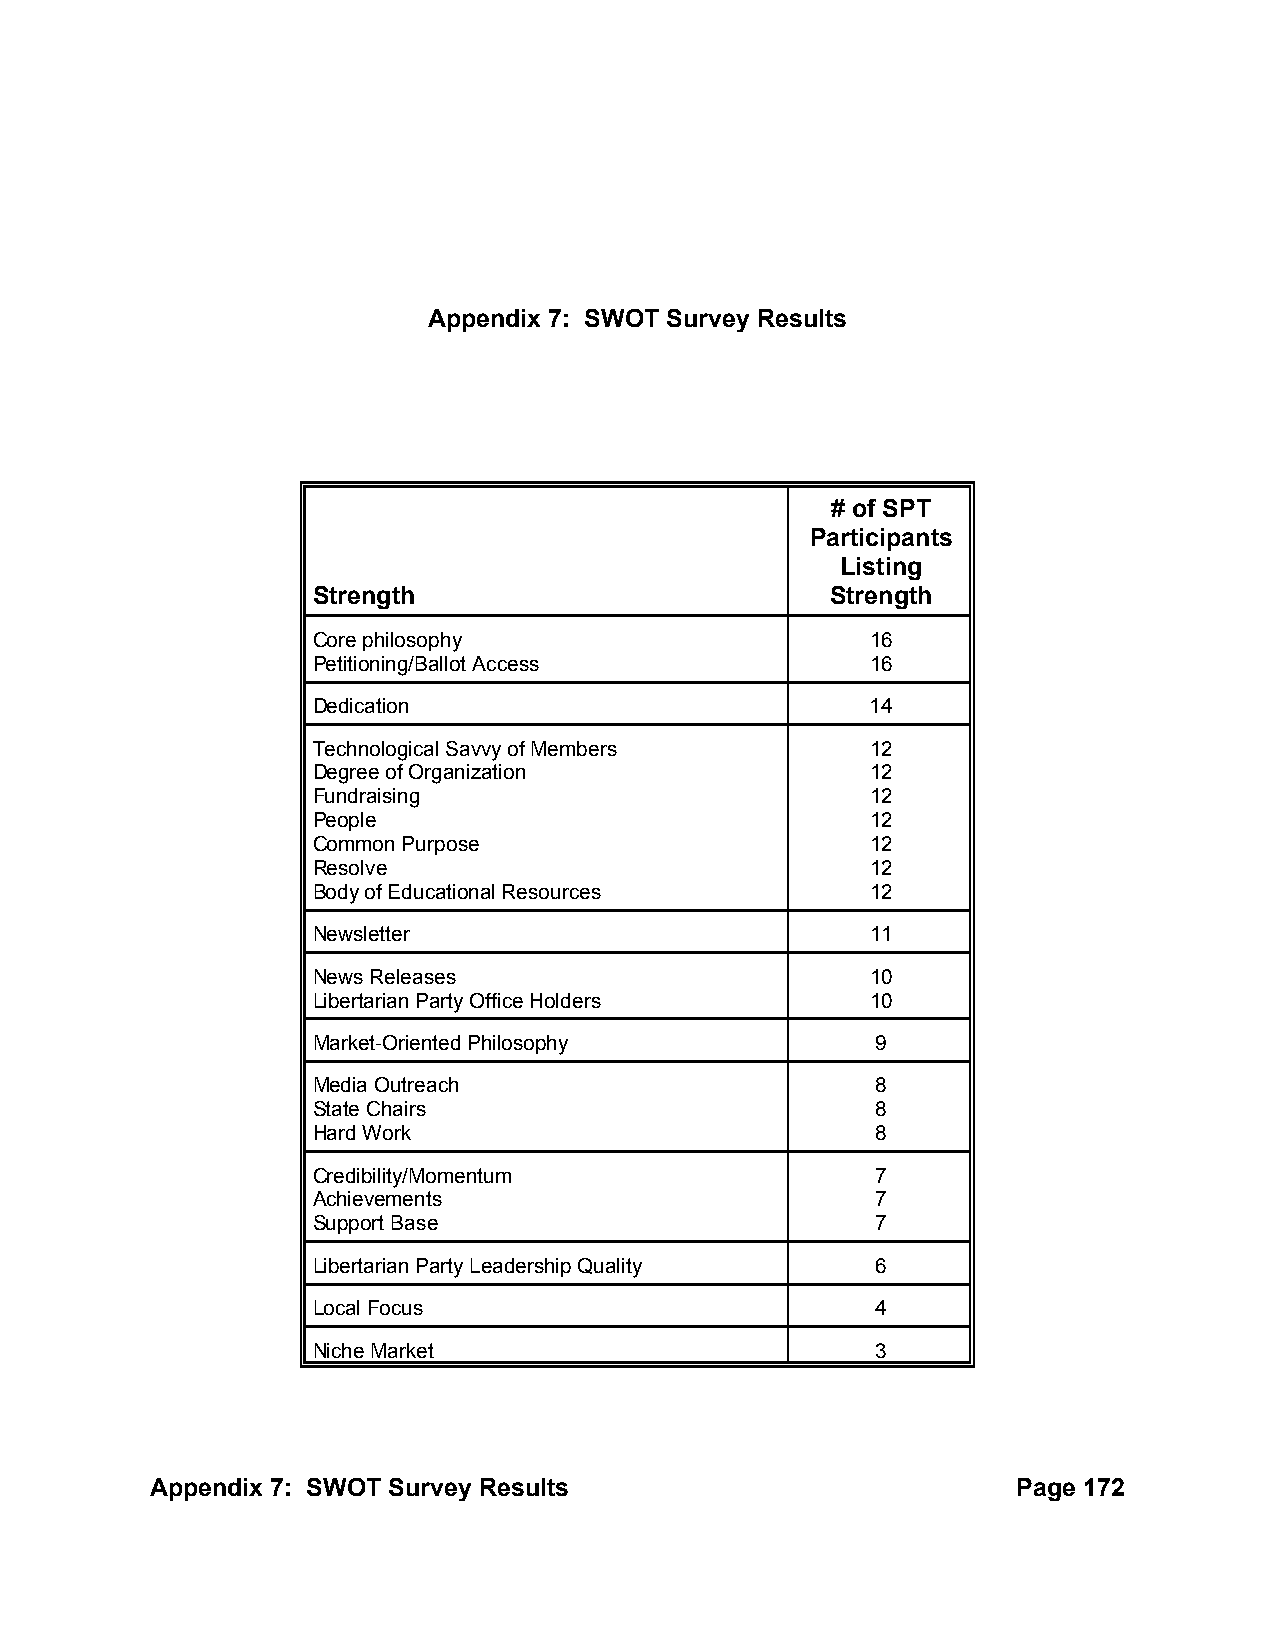
Appendix 7: SWOT Survey Results
 # of SPT
 Participants
 Listing
 Strength                          Strength
 Core philosophy                      16
 Petitioning/Ballot Access            16
 Dedication                           14
 Technological Savvy of Members       12
 Degree of Organization               12
 Fundraising                          12
 People                               12
 Common Purpose                       12
 Resolve                              12
 Body of Educational Resources        12
 Newsletter                           11
 News Releases                        10
 Libertarian Party Office Holders     10
 Market-Oriented Philosophy           9
 Media Outreach                       8
 State Chairs                         8
 Hard Work                            8
 Credibility/Momentum                 7
 Achievements                         7
 Support Base                         7
 Libertarian Party Leadership Quality 6
 Local Focus                          4
 Niche Market                         3
 Appendix 7: SWOT Survey Results                          Page 172